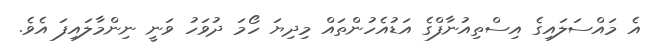
އެ މައްސަލައިގެ އިސްތިއުނާފްގެ އަޑުއެހުންތައް މިދިޔަ ހޯމަ ދުވަހު ވަނީ ނިންމާލައިފަ އެވެ.